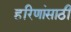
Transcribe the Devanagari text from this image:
हरिणांसाठी